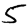
Digit: 5